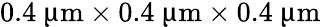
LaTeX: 0.4~{\upmu\mathrm{m}}\times 0.4~{\upmu\mathrm{m}}\times 0.4~{\upmu\mathrm{m}}